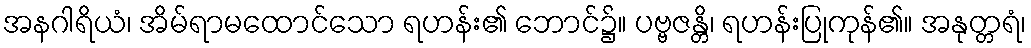
အနဂါရိယံ၊ အိမ်ရာမထောင်သော ရဟန်း၏ ဘောင်၌။ ပဗ္ဗဇန္တိ၊ ရဟန်းပြုကုန်၏။ အနုတ္တရံ၊